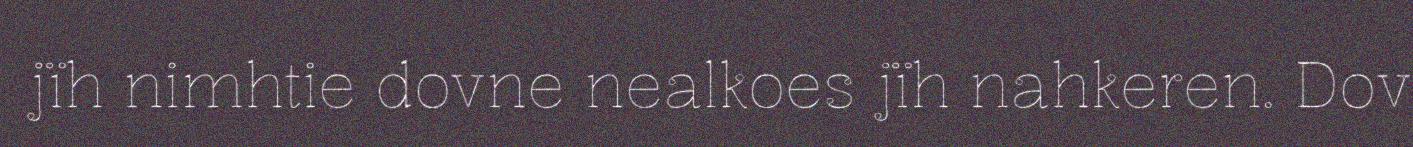
jïh nimhtie dovne nealkoes jïh nahkeren. Dov